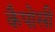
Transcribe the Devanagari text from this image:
कैपोसी